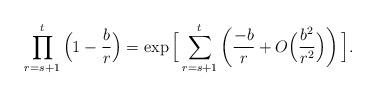
LaTeX: \begin{align*}\prod_{r=s+1}^t \Big(1-\frac{b}{r}\Big)=\exp\Big[\sum_{r=s+1}^t\left(\frac{-b}{r}+O\Big(\frac{b^2}{r^2}\Big)\right)\Big].\end{align*}